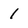
Character: 1